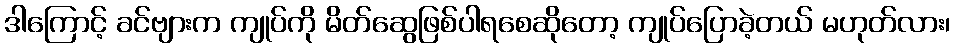
ဒါကြောင့် ခင်ဗျားက ကျုပ်ကို မိတ်ဆွေဖြစ်ပါရစေဆိုတော့ ကျုပ်ပြောခဲ့တယ် မဟုတ်လား၊